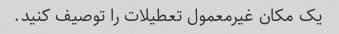
یک مکان غیرمعمول تعطیلات را توصیف کنید.